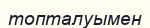
топталуымен